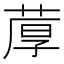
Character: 𫈢